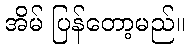
အိမ် ပြန်တော့မည်။